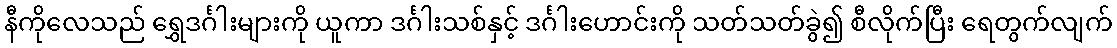
နီကိုလေသည် ရွှေဒင်္ဂါးများကို ယူကာ ဒင်္ဂါးသစ်နှင့် ဒင်္ဂါးဟောင်းကို သတ်သတ်ခွဲ၍ စီလိုက်ပြီး ရေတွက်လျက်